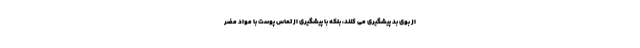
از بوی بد پیشگیری می کنند، بلکه با پیشگیری از تماس پوست با مواد مضر